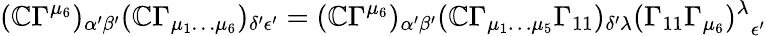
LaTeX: (\mathbb{C}\Gamma^{\mu_{6}})_{\alpha{'}\beta{'}}(\mathbb{C}\Gamma_{\mu_{1}\dots\mu_{6}})_{\delta{'}\epsilon{'}}=(\mathbb{C}\Gamma^{\mu_{6}})_{\alpha{'}\beta{'}}(\mathbb{C}\Gamma_{\mu_{1}\dots\mu_{5}}\Gamma_{11})_{\delta{'}\lambda}{(\Gamma_{11}\Gamma_{\mu_{6}})^{\lambda}}_{\epsilon{'}}